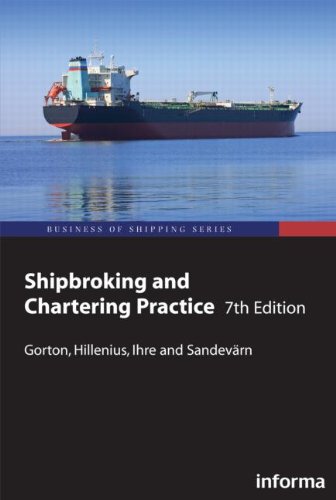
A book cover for Shipbroking and Chartering Practice (Lloyd's Practical Shipping Guides); Lars Gorton; Law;